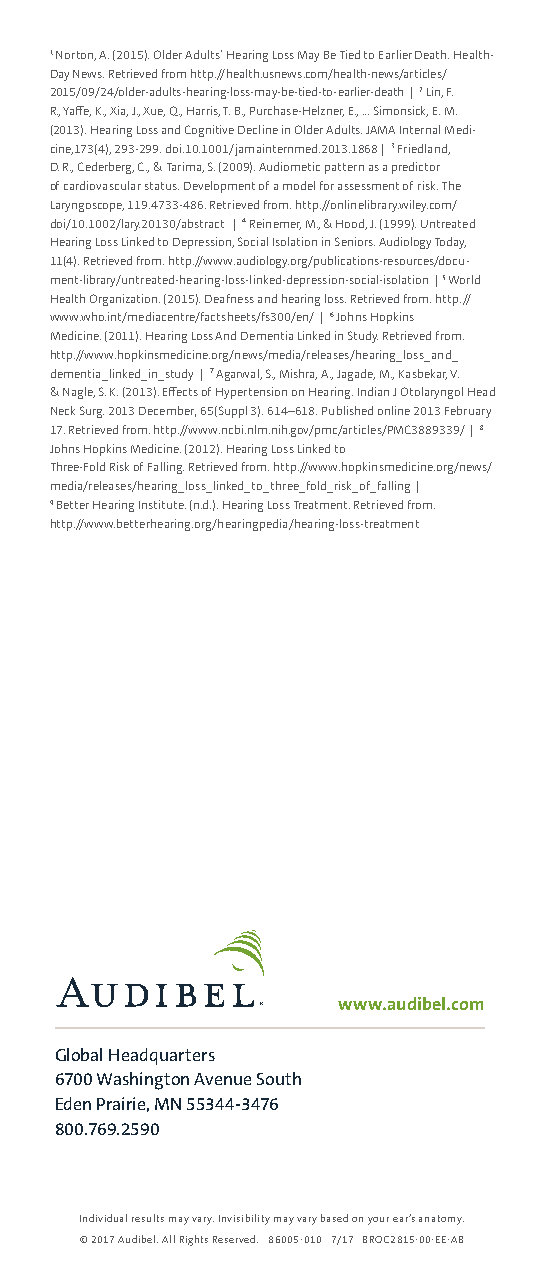
1 Norton, A. (2015). Older Adults’ Hearing Loss May Be Tied to Earlier Death. Health-
 Day News. Retrieved from http://health.usnews.com/health-news/articles/
 2015/09/24/older-adults-hearing-loss-may-be-tied-to-earlier-death | 2 Lin, F.
 R., Yaffe, K., Xia, J., Xue, Q., Harris, T. B., Purchase-Helzner, E., … Simonsick, E. M.
 (2013). Hearing Loss and Cognitive Decline in Older Adults. JAMA Internal Medi-
 cine,173(4), 293-299. doi:10.1001/jamainternmed.2013.1868 | 3 Friedland,
 D. R., Cederberg, C., & Tarima, S. (2009). Audiometic pattern as a predictor
 of cardiovascular status: Development of a model for assessment of risk. The
 Laryngoscope, 119:4733-486. Retrieved from: http://onlinelibrary.wiley.com/
 doi/10.1002/lary.20130/abstract | 4 Reinemer, M., & Hood, J. (1999). Untreated
 Hearing Loss Linked to Depression, Social Isolation in Seniors. Audiology Today,
 11(4). Retrieved from: http://www.audiology.org/publications-resources/docu-
 ment-library/untreated-hearing-loss-linked-depression-social-isolation | 5 World
 Health Organization. (2015). Deafness and hearing loss. Retrieved from: http://
 www.who.int/mediacentre/factsheets/fs300/en/ | 6 Johns Hopkins
 Medicine. (2011). Hearing Loss And Dementia Linked in Study. Retrieved from:
 http://www.hopkinsmedicine.org/news/media/releases/hearing_loss_and_
 dementia_linked_in_study | 7 Agarwal, S., Mishra, A., Jagade, M., Kasbekar, V.
 & Nagle, S. K. (2013). Effects of Hypertension on Hearing. Indian J Otolaryngol Head
 Neck Surg. 2013 December; 65(Suppl 3): 614–618. Published online 2013 February
 17. Retrieved from: http://www.ncbi.nlm.nih.gov/pmc/articles/PMC3889339/ | 8
 Johns Hopkins Medicine. (2012). Hearing Loss Linked to
 Three-Fold Risk of Falling. Retrieved from: http://www.hopkinsmedicine.org/news/
 media/releases/hearing_loss_linked_to_three_fold_risk_of_falling |
 9 Better Hearing Institute. (n.d.). Hearing Loss Treatment. Retrieved from:
 http://www.betterhearing.org/hearingpedia/hearing-loss-treatment
 www.audibel.com
 Global Headquarters
 6700 Washington Avenue South
 Eden Prairie, MN 55344-3476
 800.769.2590
 Individual results may vary. Invisibility may vary based on your ear’s anatomy.
 © 2017 Audibel. All Rights Reserved. 86005-010 7/17 BROC2815-00-EE-AB